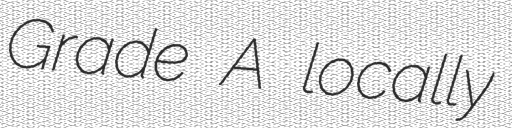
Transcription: Grade A locally